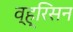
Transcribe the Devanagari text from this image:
व्ह्रिसन